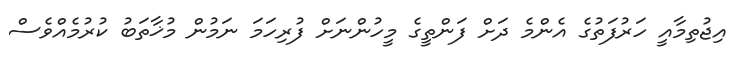
އިޖުތިމާއީ ހަރުފަތުގެ އެންމެ ދަށް ފަންތީގެ މީހުންނަށް ފުރިހަމަ ނަމުން މުޚާތަބު ކުރުމެއްވެސް